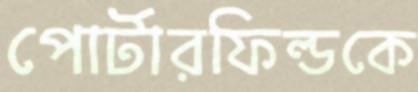
পোর্টারফিল্ডকে